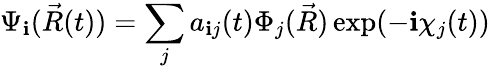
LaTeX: \Psi_{\mathbf{i}}(\vec{{R}}(t))=\sum_{j}a_{\mathbf{i}j}(t)\Phi_{j}(\vec{{R}})\exp(-\mathbf{i}\chi_{j}(t))